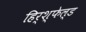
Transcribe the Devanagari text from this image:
हिर्श्फेल्ड